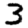
Digit: 3